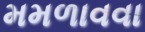
મમળાવવા